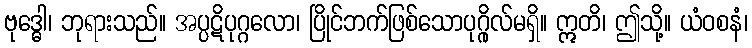
ဗုဒ္ဓေါ၊ ဘုရားသည်။ အပ္ပဋိပုဂ္ဂလော၊ ပြိုင်ဘက်ဖြစ်သောပုဂ္ဂိုလ်မရှိ။ ဣတိ၊ ဤသို့။ ယံဝစနံ၊